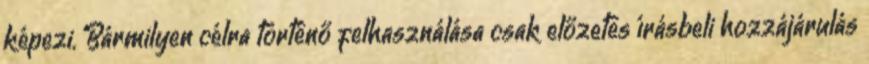
képezi. Bármilyen célra történő felhasználása csak előzetes írásbeli hozzájárulás